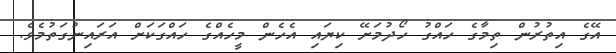
އޭގެ އިތުރުން ތިމާގެ ހައްގު ހޯދުމަށޭ ކިޔައި އެހެން މީހެއްގެ ހައްގަކަށް އަރައިނުގަތުމެވެ.